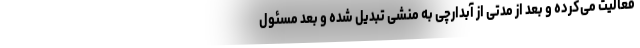
فعالیت می‌کرده و بعد از مدتی از آبدارچی به منشی تبدیل شده و بعد مسئول